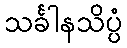
သင်္ခါနသိပ္ပံ